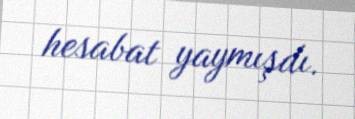
hesabat yaymışdı.